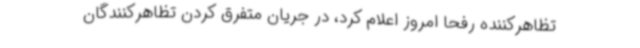
تظاهرکننده رفحا امروز اعلام کرد، در جریان متفرق کردن تظاهرکنندگان